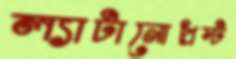
ল্যাটানোপ্রস্ট